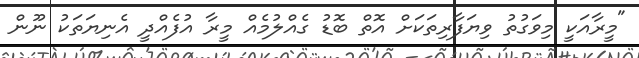
"މީރާއަކީ މިވަގުތު ވިޔަފާރިތަކަށް އޮތް ބޮޑު ގެއްލުމެއް މީރާ އުފެއްދީ އެނިޔަތަކު ނޫން